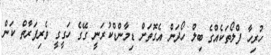
ހުރިހާ ފްލޯތަކެއްގެ ބިލް ހޯދަން އެގޮތަށް ޑިމާންޑްކުރަނީ ގޭގެ ހަގީގީ ވެރިފަރާތް ކަން